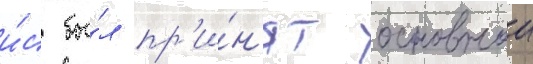
и́с бы́л пр'и́н'ят основнои